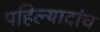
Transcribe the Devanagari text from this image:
पहिल्यादांच